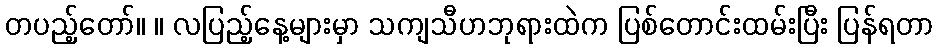
တပည့်တော်။ ။ လပြည့်နေ့များမှာ သကျသီဟဘုရားထဲက ပြစ်တောင်းထမ်းပြီး ပြန်ရတာ